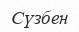
Сүзбен